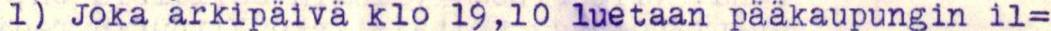
1) Joka arkipäivä klo 19,10 luetaan pääkaupungin il=